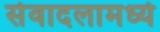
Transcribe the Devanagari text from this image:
सेवादलामध्ये